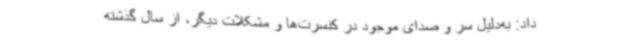
داد: به‌دلیل سر و صدای موجود در کنسرت‌ها و مشکلات دیگر، از سال گذشته